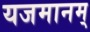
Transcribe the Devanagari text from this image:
यजमानम्‌